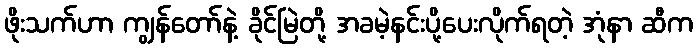
ဖိုးသက်ဟာ ကျွန်တော်နဲ့ ခိုင်မြဲတို့ အခမဲ့နင်းပို့ပေးလိုက်ရတဲ့ အုံနာ ဆီက